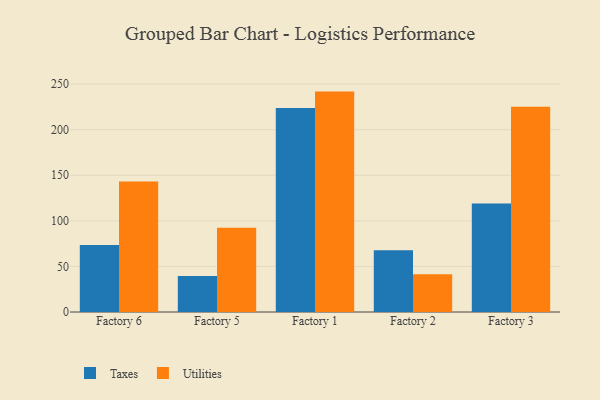
{"axis": {"x": "Factory", "y": "Active Users"}, "legend": ["Taxes", "Utilities"], "data": [{"x": "Factory 6", "y": 73.4, "type": "Taxes"}, {"x": "Factory 6", "y": 143.2, "type": "Utilities"}, {"x": "Factory 5", "y": 39.5, "type": "Taxes"}, {"x": "Factory 5", "y": 92.3, "type": "Utilities"}, {"x": "Factory 1", "y": 223.8, "type": "Taxes"}, {"x": "Factory 1", "y": 241.8, "type": "Utilities"}, {"x": "Factory 2", "y": 67.8, "type": "Taxes"}, {"x": "Factory 2", "y": 41.3, "type": "Utilities"}, {"x": "Factory 3", "y": 119.1, "type": "Taxes"}, {"x": "Factory 3", "y": 225.3, "type": "Utilities"}]}